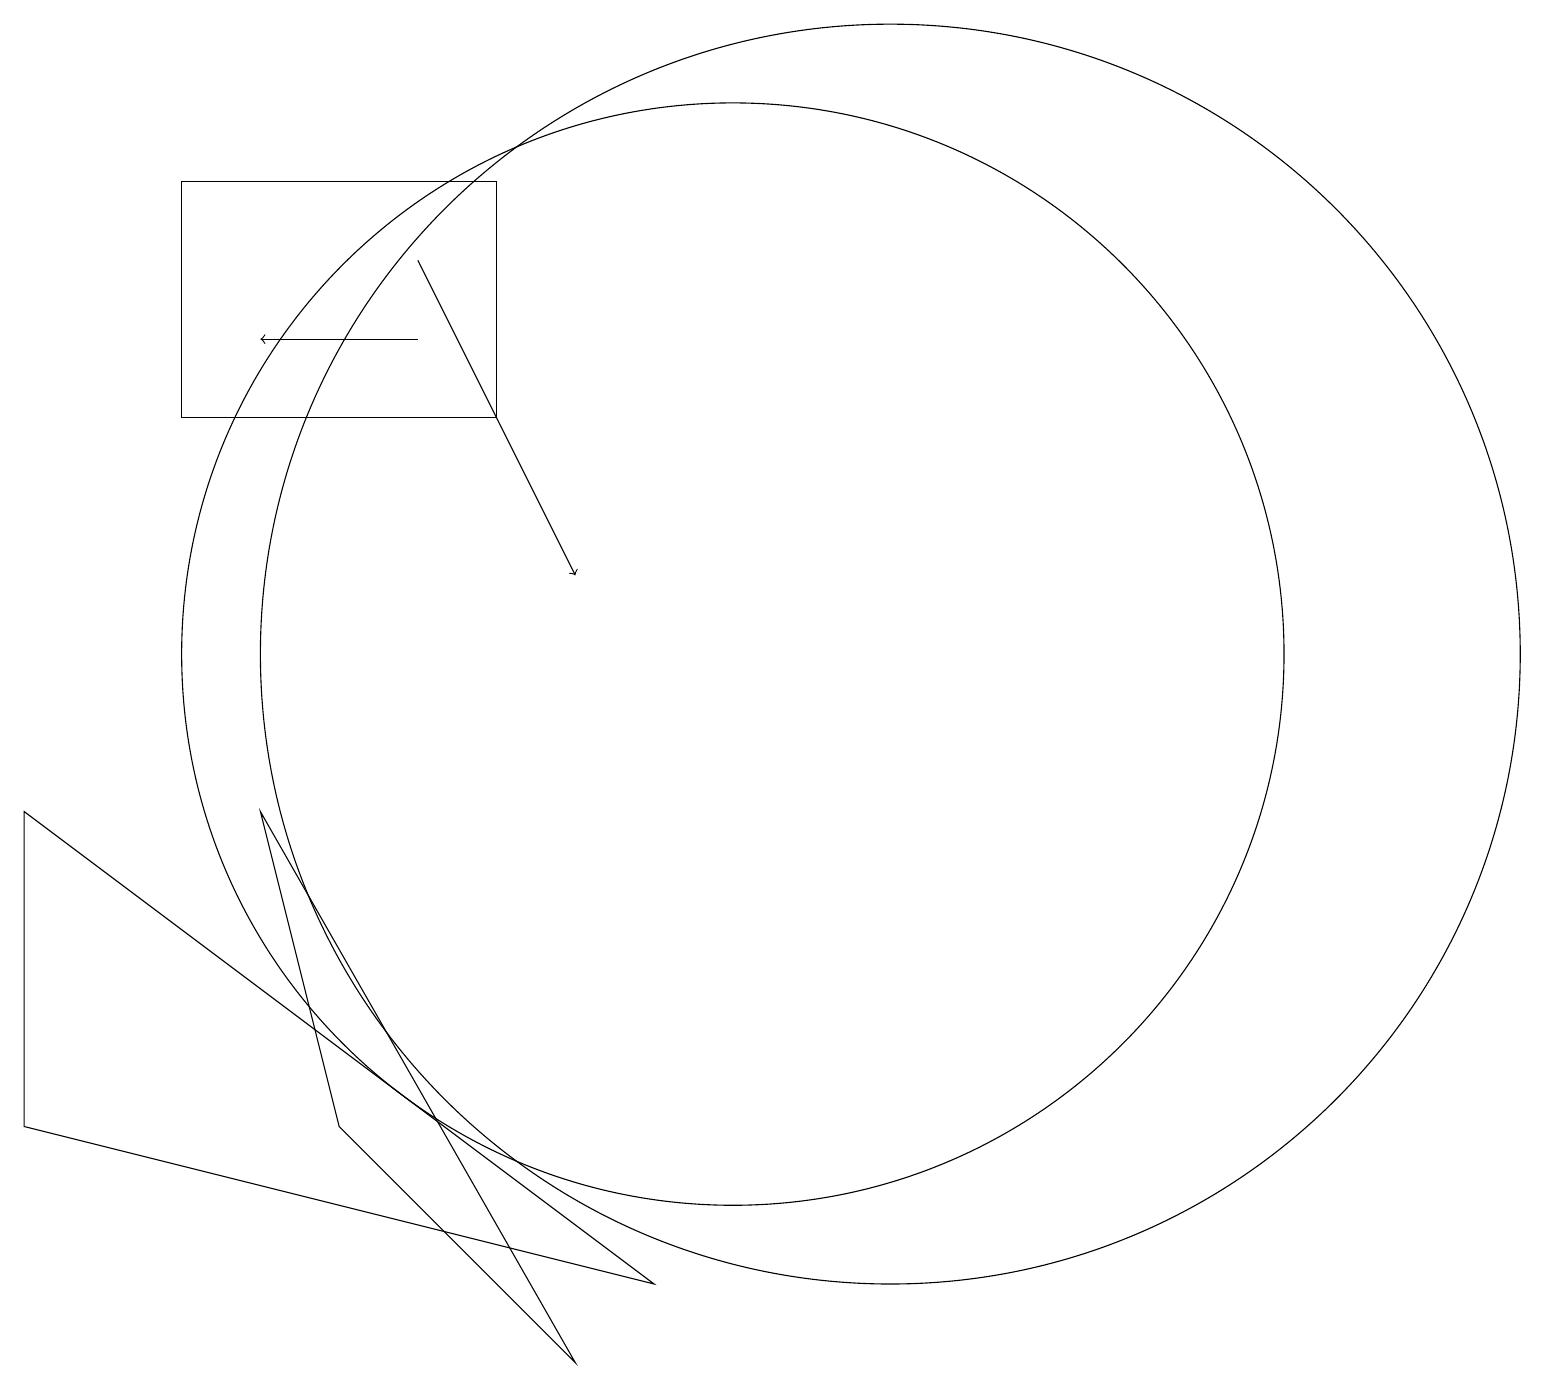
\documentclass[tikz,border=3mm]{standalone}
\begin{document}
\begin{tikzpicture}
\draw (10,10) circle (0);
\draw (9,2) -- (1,8) -- (1,4) -- cycle;
\draw (5,4) -- (4,8) -- (8,1) -- cycle;
\draw (12,10) circle (8);
\draw (10,10) circle (7);
\draw[->] (6,14) -- (4,14);
\draw[->] (6,15) -- (8,11);
\draw (3,13) rectangle (7,16);
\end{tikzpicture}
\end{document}